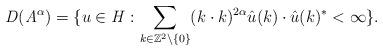
LaTeX: \begin{align*} \mathit{D}({\mathit{A}}^{\alpha})=\{u\in \mathit{H}: \sum_{k\in \mathbb{Z}^{2}\setminus\{0\}}(k\cdot k)^{2\alpha}\hat{u}(k) \cdot \hat{u}(k)^{*}< \infty\}.\end{align*}